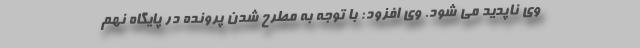
وی ناپدید می شود. وی افزود: با توجه به مطرح شدن پرونده در پایگاه نهم